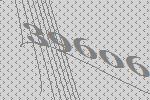
39606